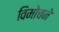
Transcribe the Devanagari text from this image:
विमोचने